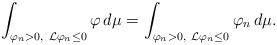
LaTeX: \begin{align*} \int_{\varphi_n > 0, \ {\mathcal L}\varphi_n \leq 0} \varphi \, d \mu = \int_{\varphi_n > 0, \ {\mathcal L}\varphi_n \leq 0} \varphi_n \, d \mu.\end{align*}